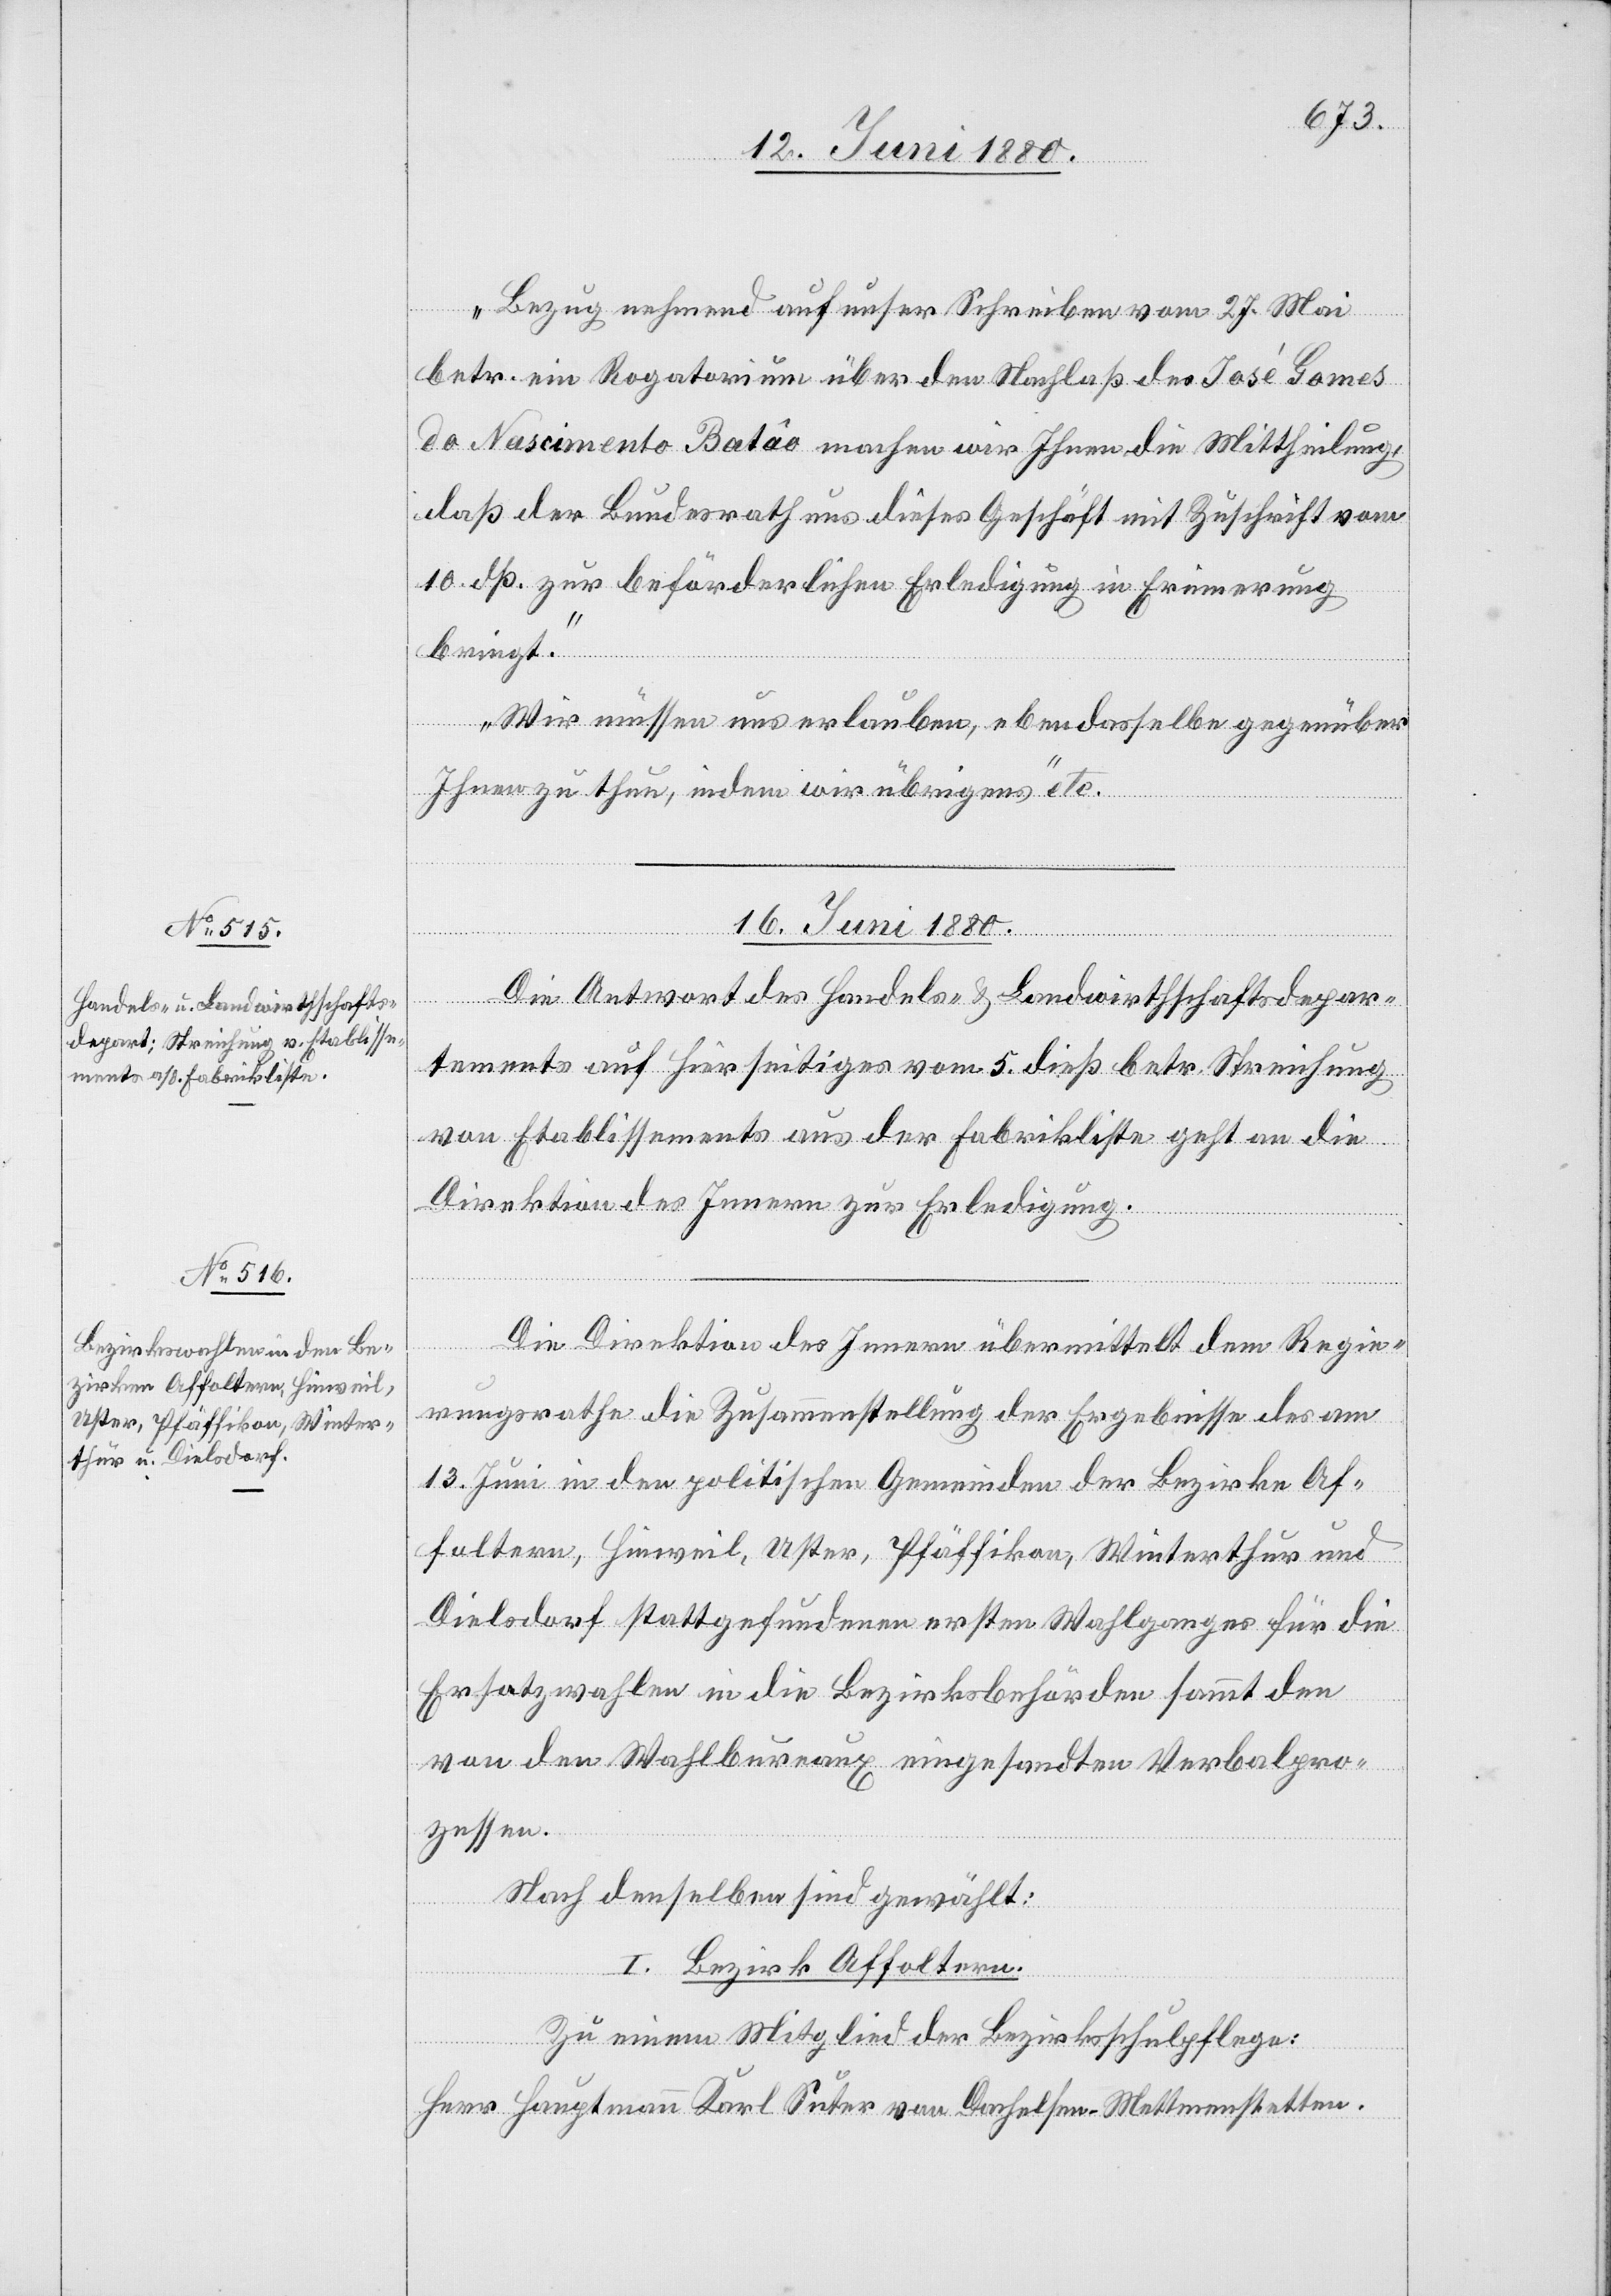
16. Juni 1880.
„Bezug nehmend auf unser Schreiben vom 27. Mai
betr. ein Rogatorium über den Nachlaß des José Gomes
do Nascimento [sic!] Batâo machen wir ihnen die Mittheilung,
daß der Bundesrath uns dieses Geschäft mit Zuschrift vom
10. dß. zur beförderlichen Erledigung in Erinnerung
bringt.
Wir müssen uns erlauben, ebendasselbe gegenüber
Ihnen zu thun, indem wir übrigens“ etc.
16. Juni 1880.]
Die Antwort des Handels- & Landwirthschaftsdepar¬
tements auf hierseitiges vom 5. dieß betr. Streichung
von Etablissements aus der Fabrikliste geht an die
Direktion des Innern zur Erledigung.
Die Direktion des Innern übermittelt dem Regie¬
rungsrathe die Zusammenstellung der Ergebnisse des am
13. Juni in den politischen Gemeinden der Bezirke Af¬
foltern, Hinweil, Uster, Pfäffikon, Winterthur und
Dielsdorf stattgefundenen ersten Wahlganges für die
Ersatzwahlen in die Bezirksbehörden sammt den
von den Wahlbureaux eingesandten Verbalpro¬
zessen.
Nach denselben sind gewählt:
I. Bezirk Affoltern.
Zu einem Mitglied der Bezirksschulpflege:
Herr Hauptmann Karl Suter von Dachelsen - Mettmenstetten.